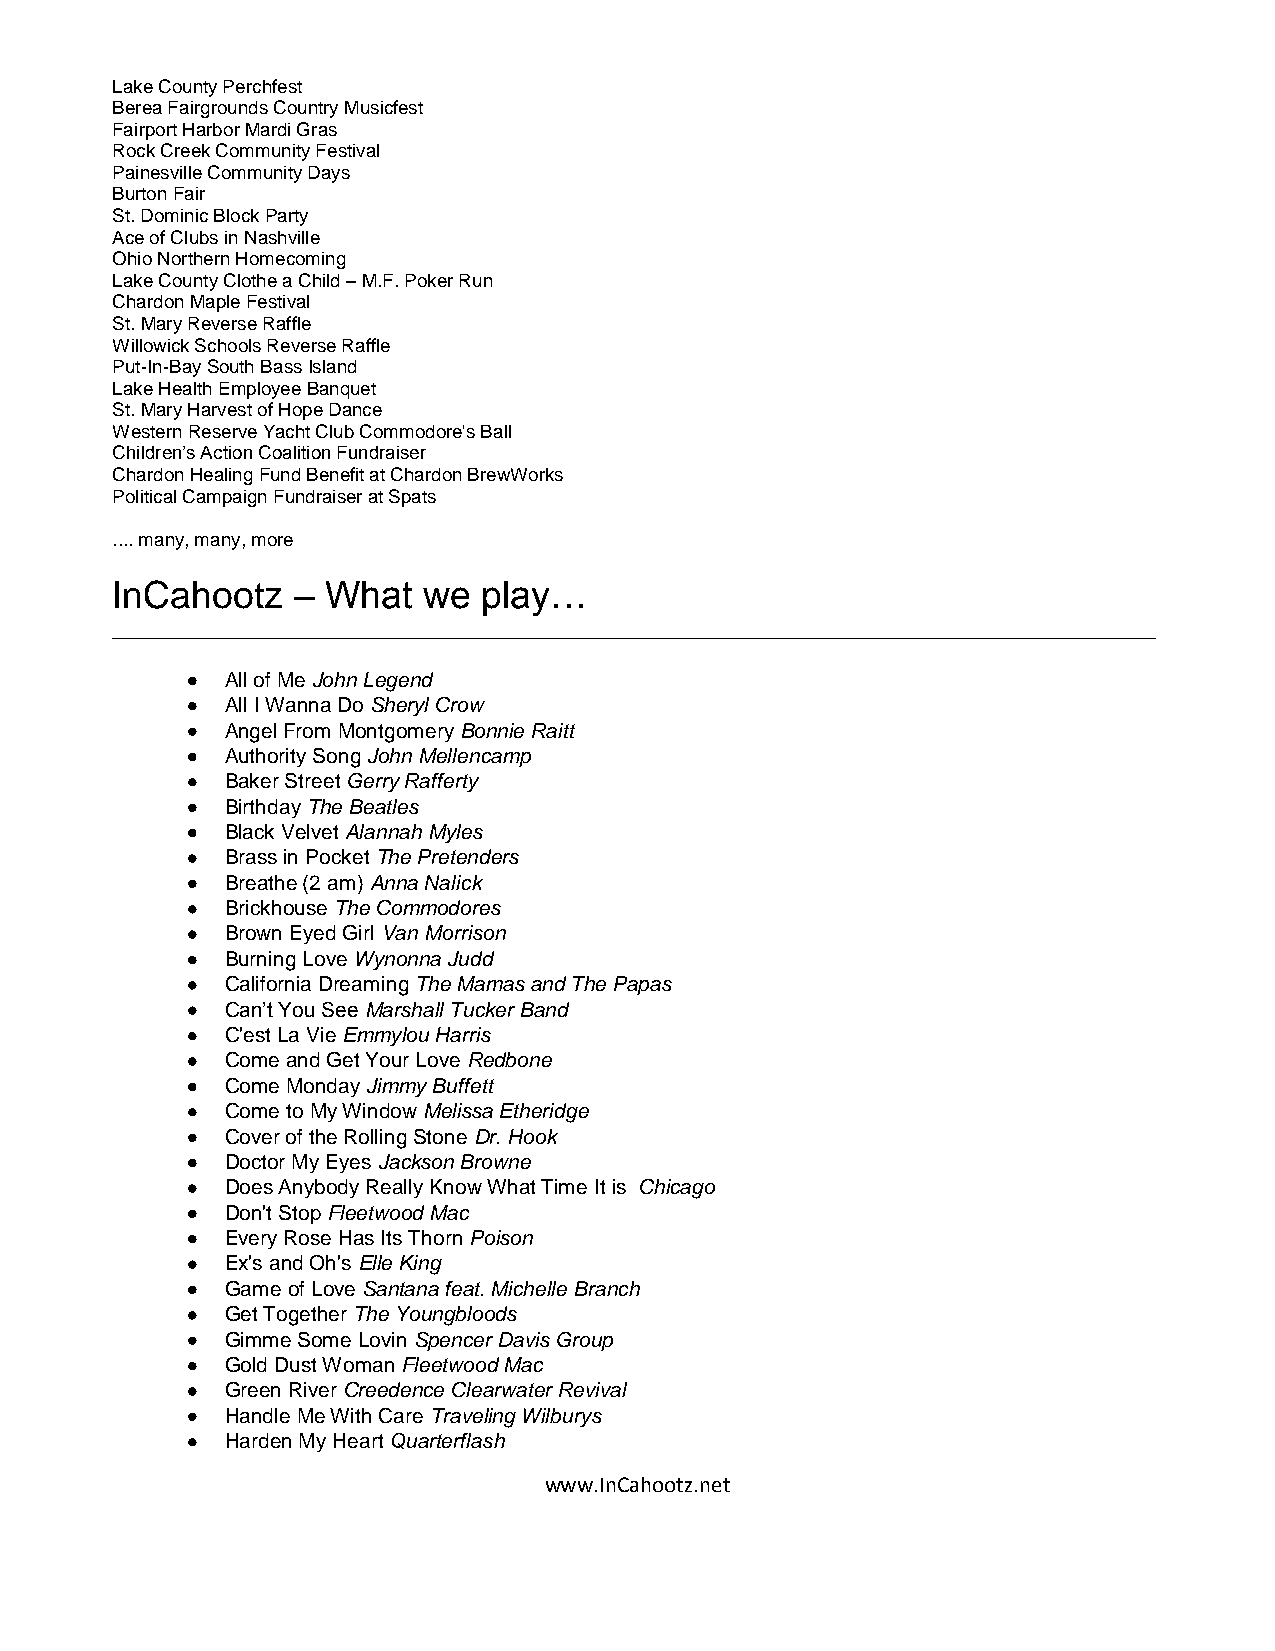
Lake County Perchfest
 Berea Fairgrounds Country Musicfest
 Fairport Harbor Mardi Gras
 Rock Creek Community Festival
 Painesville Community Days
 Burton Fair
 St. Dominic Block Party
 Ace of Clubs in Nashville
 Ohio Northern Homecoming
 Lake County Clothe a Child – M.F. Poker Run
 Chardon Maple Festival
 St. Mary Reverse Raffle
 Willowick Schools Reverse Raffle
 Put-In-Bay South Bass Island
 Lake Health Employee Banquet
 St. Mary Harvest of Hope Dance
 Western Reserve Yacht Club Commodore's Ball
 Children’s Action Coalition Fundraiser
 Chardon Healing Fund Benefit at Chardon BrewWorks
 Political Campaign Fundraiser at Spats
 .... many, many, more
 InCahootz   –  What  we  play…
 __________________________________________________________________________________________
   All of Me John Legend
   All I Wanna Do Sheryl Crow
   Angel From Montgomery Bonnie Raitt
   Authority Song John Mellencamp
   Baker Street Gerry Rafferty
   Birthday The Beatles
   Black Velvet Alannah Myles
   Brass in Pocket The Pretenders
   Breathe (2 am) Anna Nalick
   Brickhouse The Commodores
   Brown Eyed Girl Van Morrison
   Burning Love Wynonna Judd
   California Dreaming The Mamas and The Papas
   Can’t You See Marshall Tucker Band
   C'est La Vie Emmylou Harris
   Come and Get Your Love Redbone
   Come Monday Jimmy Buffett
   Come to My Window Melissa Etheridge
   Cover of the Rolling Stone Dr. Hook
   Doctor My Eyes Jackson Browne
   Does Anybody Really Know What Time It is Chicago
   Don't Stop Fleetwood Mac
   Every Rose Has Its Thorn Poison
   Ex's and Oh's Elle King
   Game of Love Santana feat. Michelle Branch
   Get Together The Youngbloods
   Gimme Some Lovin Spencer Davis Group
   Gold Dust Woman Fleetwood Mac
   Green River Creedence Clearwater Revival
   Handle Me With Care Traveling Wilburys
   Harden My Heart Quarterflash
 www.InCahootz.net